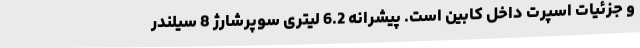
و جزئیات اسپرت داخل کابین است. پیشرانه 6.2 لیتری سوپرشارژ 8 سیلندر